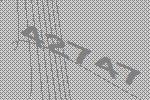
42747